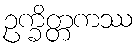
ဥက္ခိတ္တကဿ